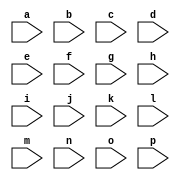
`timescale 1ns / 1ps
//////////////////////////////////////////////////////////////////////////////////
// Company: 
// Engineer: 
// 
// Design Name: 
// Module Name: Lab7_practice_1
// Project Name: 
// Target Devices: 
// Tool Versions: 
// Description: 
// 
// Dependencies: 
// 
// Revision:
// Revision 0.01 - File Created
// Additional Comments:
// 
//////////////////////////////////////////////////////////////////////////////////


module Lab7_practice_1(
    input a,b,c,d,e,f,g,h,i,j,k,l,m,n,o,p
    );
    
endmodule